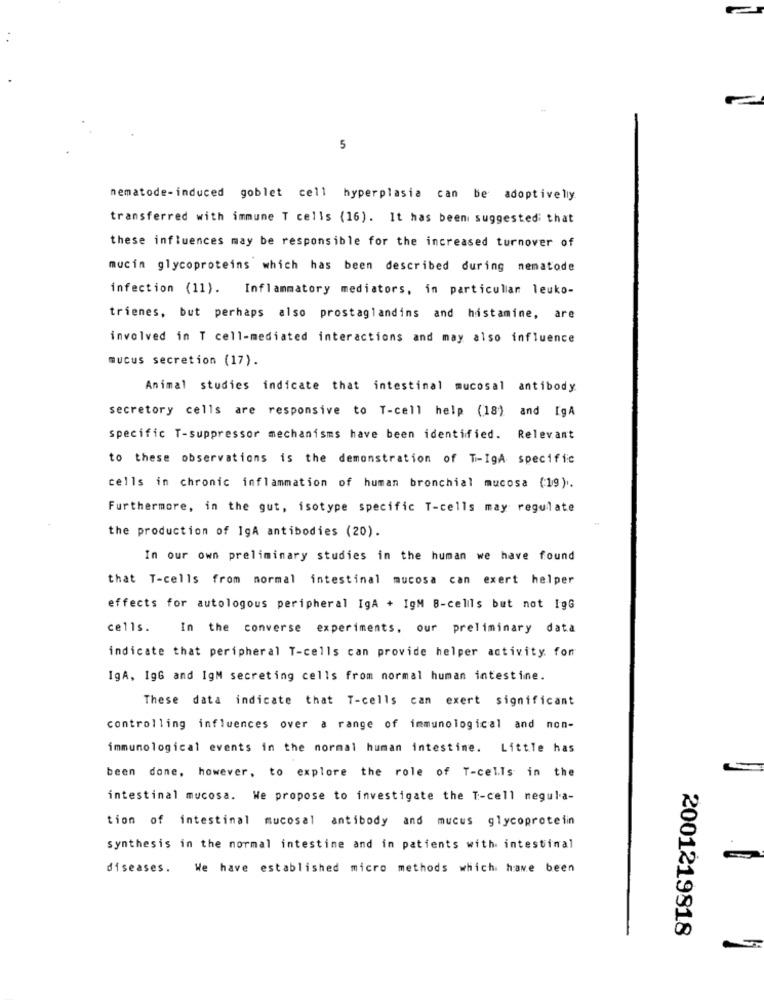
5
nematode-induced goblet cell hyperplasia can be adoptivelly
transferred with immune T cells (16). It has been suggested that
these influences may be responsible for the increased turnover of
mucin glycoproteins which has been described during nematode
infection (11). Inflammatory mediators, in particular leuko-
trienes, but perhaps also prostaglandins and histamine, are
involved in T cell-mediated interactions and may also influence
mucus secretion (17).
Animal studies indicate that intestinal mucosal antibody
secretory cells are responsive to T-cell help (18) and IgA
specific T-suppressor mechanisms have been identified. Relevant
to these observations is the demonstration of T-IgA specific
cells in chronic inflammation of human bronchial mucosa (19).
Furthermore, in the gut, isotype specific T-cells may regulate
the production of IgA antibodies (20).
In our own preliminary studies in the human we have found
that T-cells from normal intestinal mucosa can exert helper
effects for autologous peripheral IgA + IgM B-cells but not IgG
cells.
In the converse experiments, our preliminary data
indicate that peripheral T-cells can provide helper activity. for
IgA, IgG and IgM secreting cells from normal human intestine.
These data indicate that T-cells can exert significant
controlling influences over a range of immunological and non-
immunological events in the normal human intestine. Little has
been done, however, to explore the role of T-cells in the
intestinal mucosa. We propose to investigate the T-cell negula-
tion of intestinal mucosal antibody and mucus glycoprotein
synthesis in the normal intestine and in patients with intestinal
diseases.
We have established micro methods which have been
2001219818